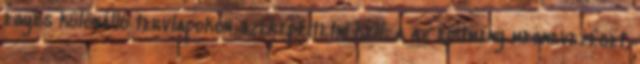
egyes különálló tervlapokon szerepeltetni kell: a az építmény megnevezését,